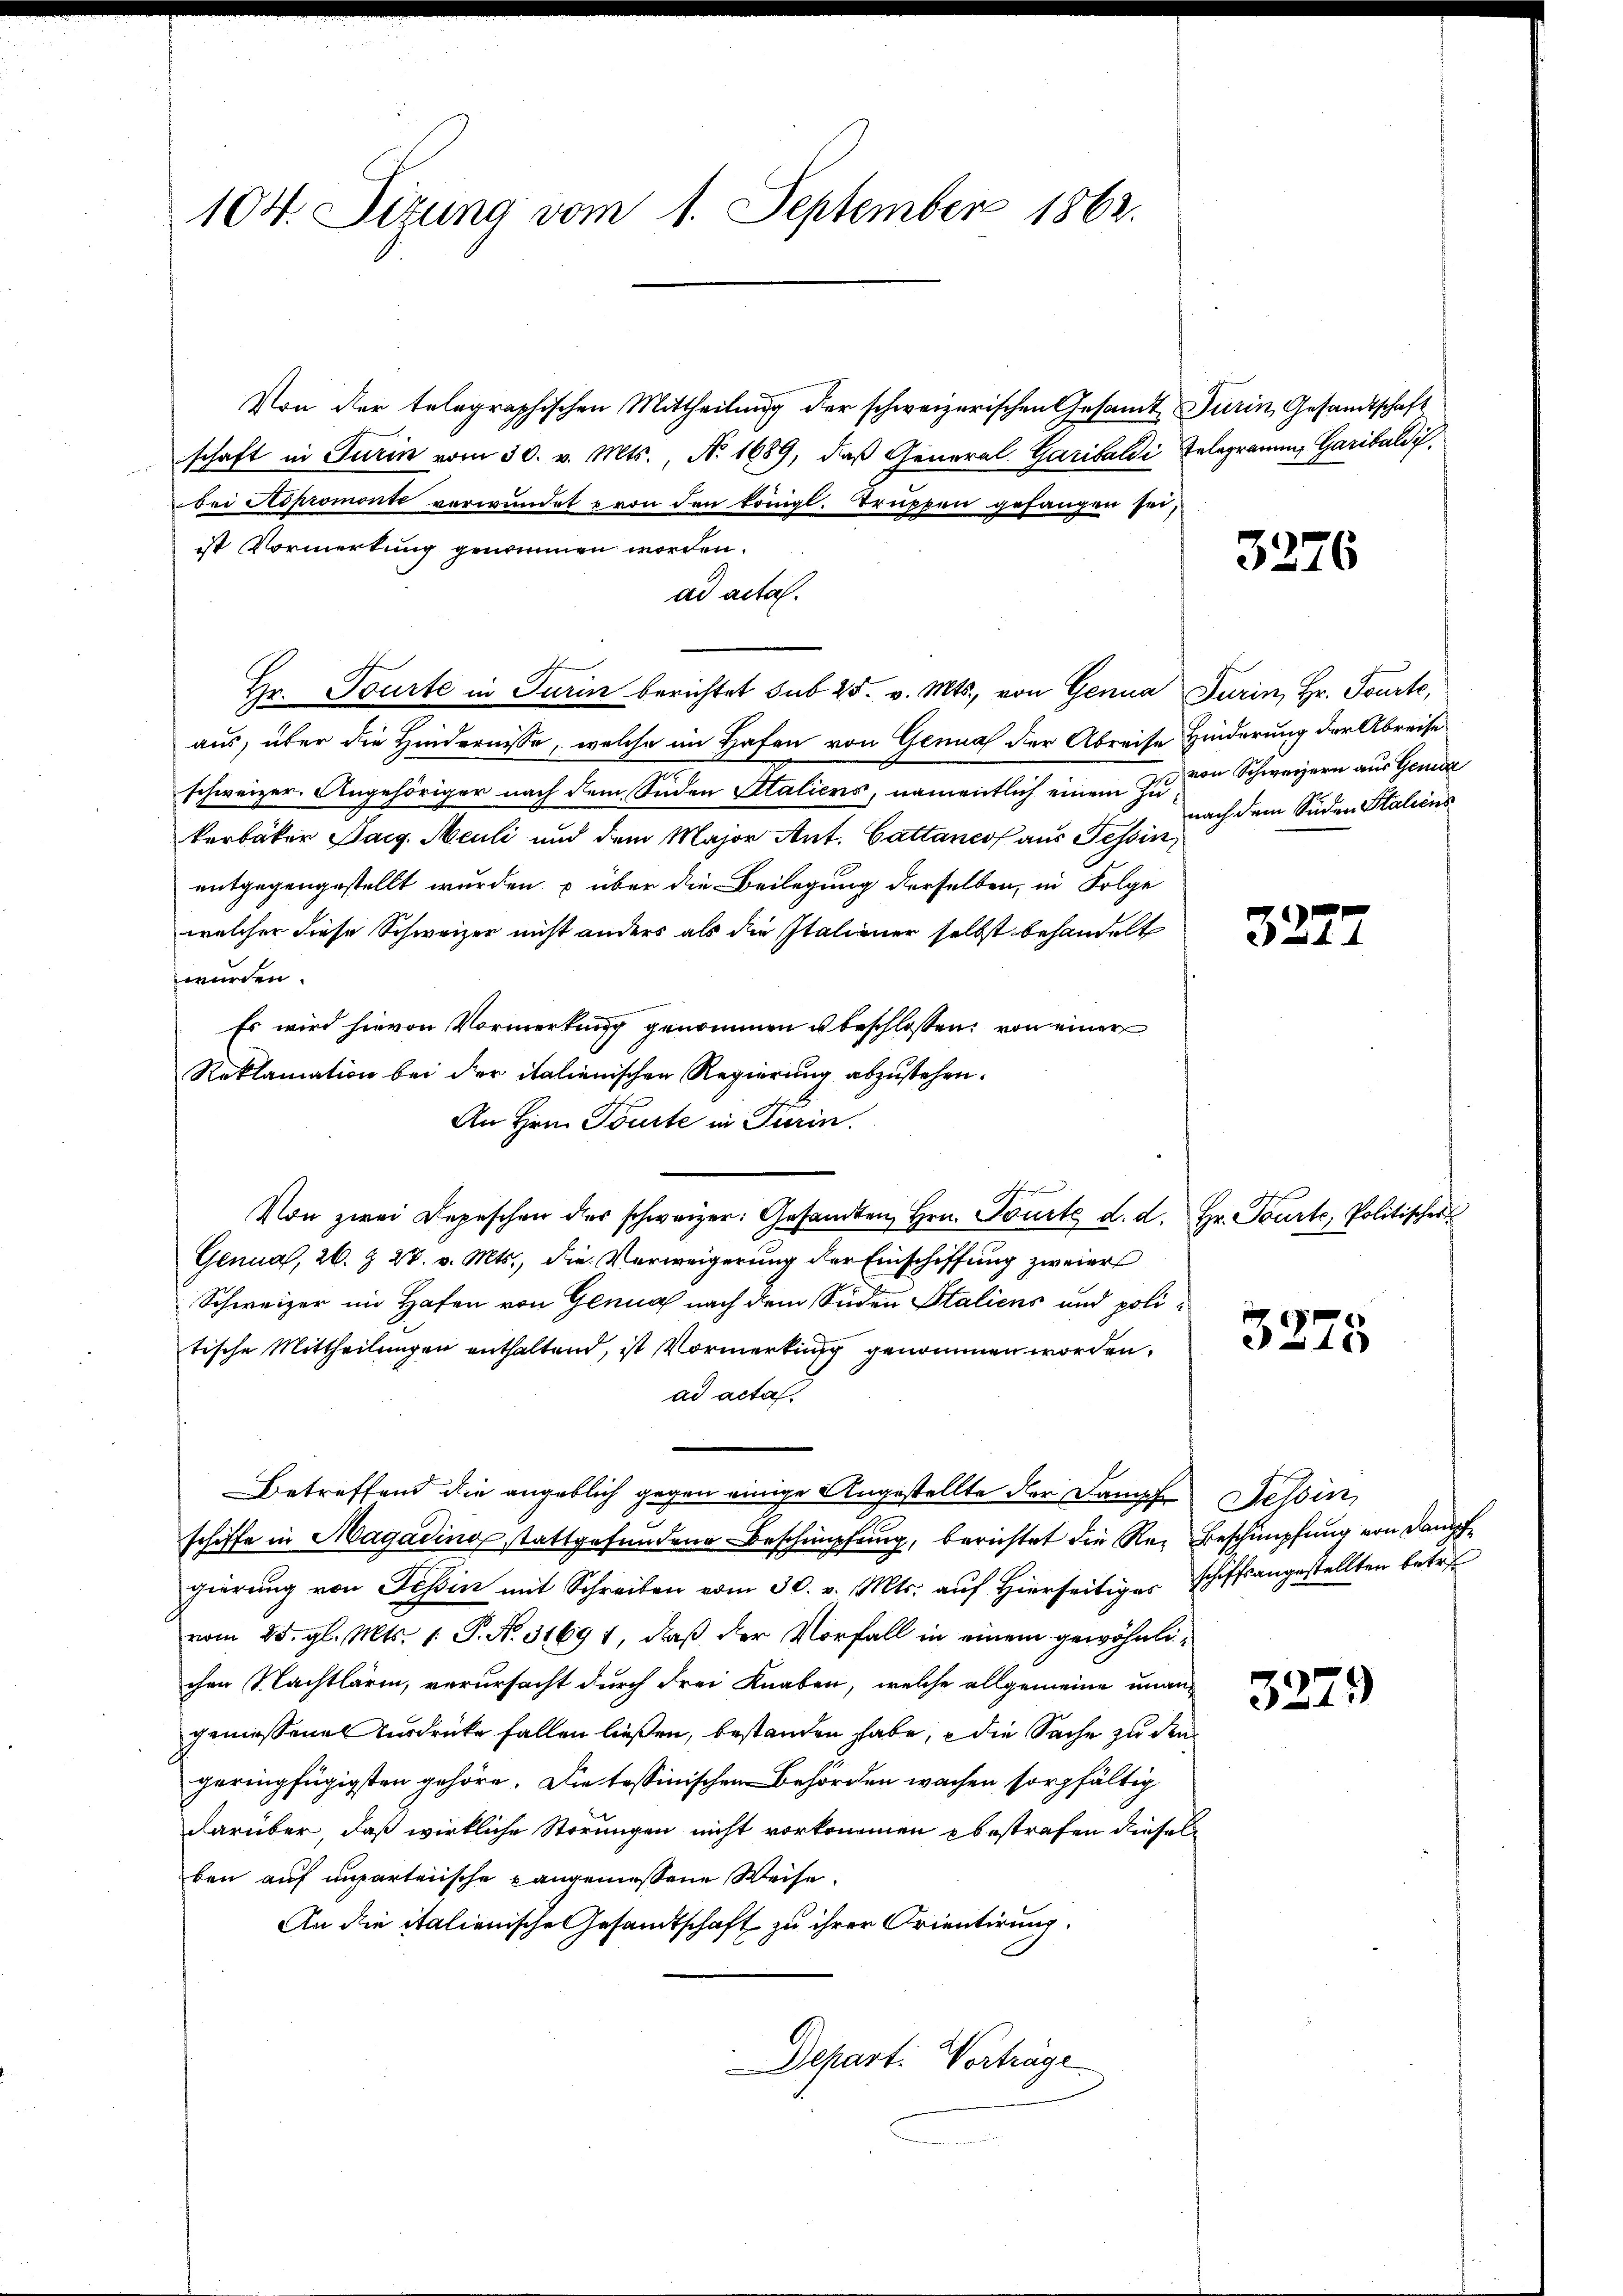
104. Sizung vom 1. September 1862.

Von der telegraphischen Mittheilung der schweizerischen Gesamt Turin, Gesandtschaft
schaft in Turin vom 30. v. Mts., N. 1689, daß General Garibaldi Gelegramm Garibalibei Aspromonte verwundet u von den königl. Truppen gefangen sei,
ist Vormerkung genommen worden.
ad acta.
Hr. Tourte in Turin berichtet sub 25. v. Mts., von Genua Turin, Hr. Tourte,
aus, über die Hindernisse, welche im Hafen von Genua der Abreise Hinderung der Abreise
schweizer. Angehöriger nach dem Süden Staliens, namentlich einem zu von Schweizern aus Genda
kerbäker Sarg. Meuli und dem Major Ant. Cattanco aus Tessin
entgegengestellt wurden über die Beilegung derselben, in Folge
welcher diese Schweizer nicht anders als die Italiener selbst behandelt
würden.
Es wird hievon Vormerkung genommen u beschlossen: von einer
Reklamation bei der italienischen Regierung abzustehen.
An Hrn. Tourte in Turin.
Von zwei Depeschen des schweizer: Gesamten Hrn. Tourte d. d. Hr. Tourt, Politischer
Genua, 26. & 27. v. Mts., die Verweigerung der Einschiffung zweier
Schweizer im Hafen von Genua nach dem Süden Staliens und politische Mittheilungen enthaltend, ist Vormerkung genommen worden.
ad acta.
Betreffend die angeblich gegen einige Angestellte der Dampf
schiffe in Magading stattgefundene Beschimpfung, berichtet die Re- Beschimpfung von Dampf
gierŭng von Tessin mit Schreiben vom 30. v. Mts. auf hierseitiges schiffsangestellten betref
vom 25. gl. Mts. 1. P. N. 31691, daß der Vorfall in einem gewöhnlichen Nachtlärm, verursacht durch drei Knaben, welche allgemeine unangeniessene Ausdrücke fallen ließen, bestanden habe, e die Sache zu den
geringfügigsten gehöre. Die tessinischen Behörden wachen sorgfältig
darüber, daß wirkliche Störungen nicht vorkommen bestrafen diesel
ben auf unparteiische angeniessene Weise.
An die italienische Gesandtschaft zu ihrer Orientirung.
Depart. Vorträge

3276

nach dem Süden Staliens

3272

3275

Tessin,

3279